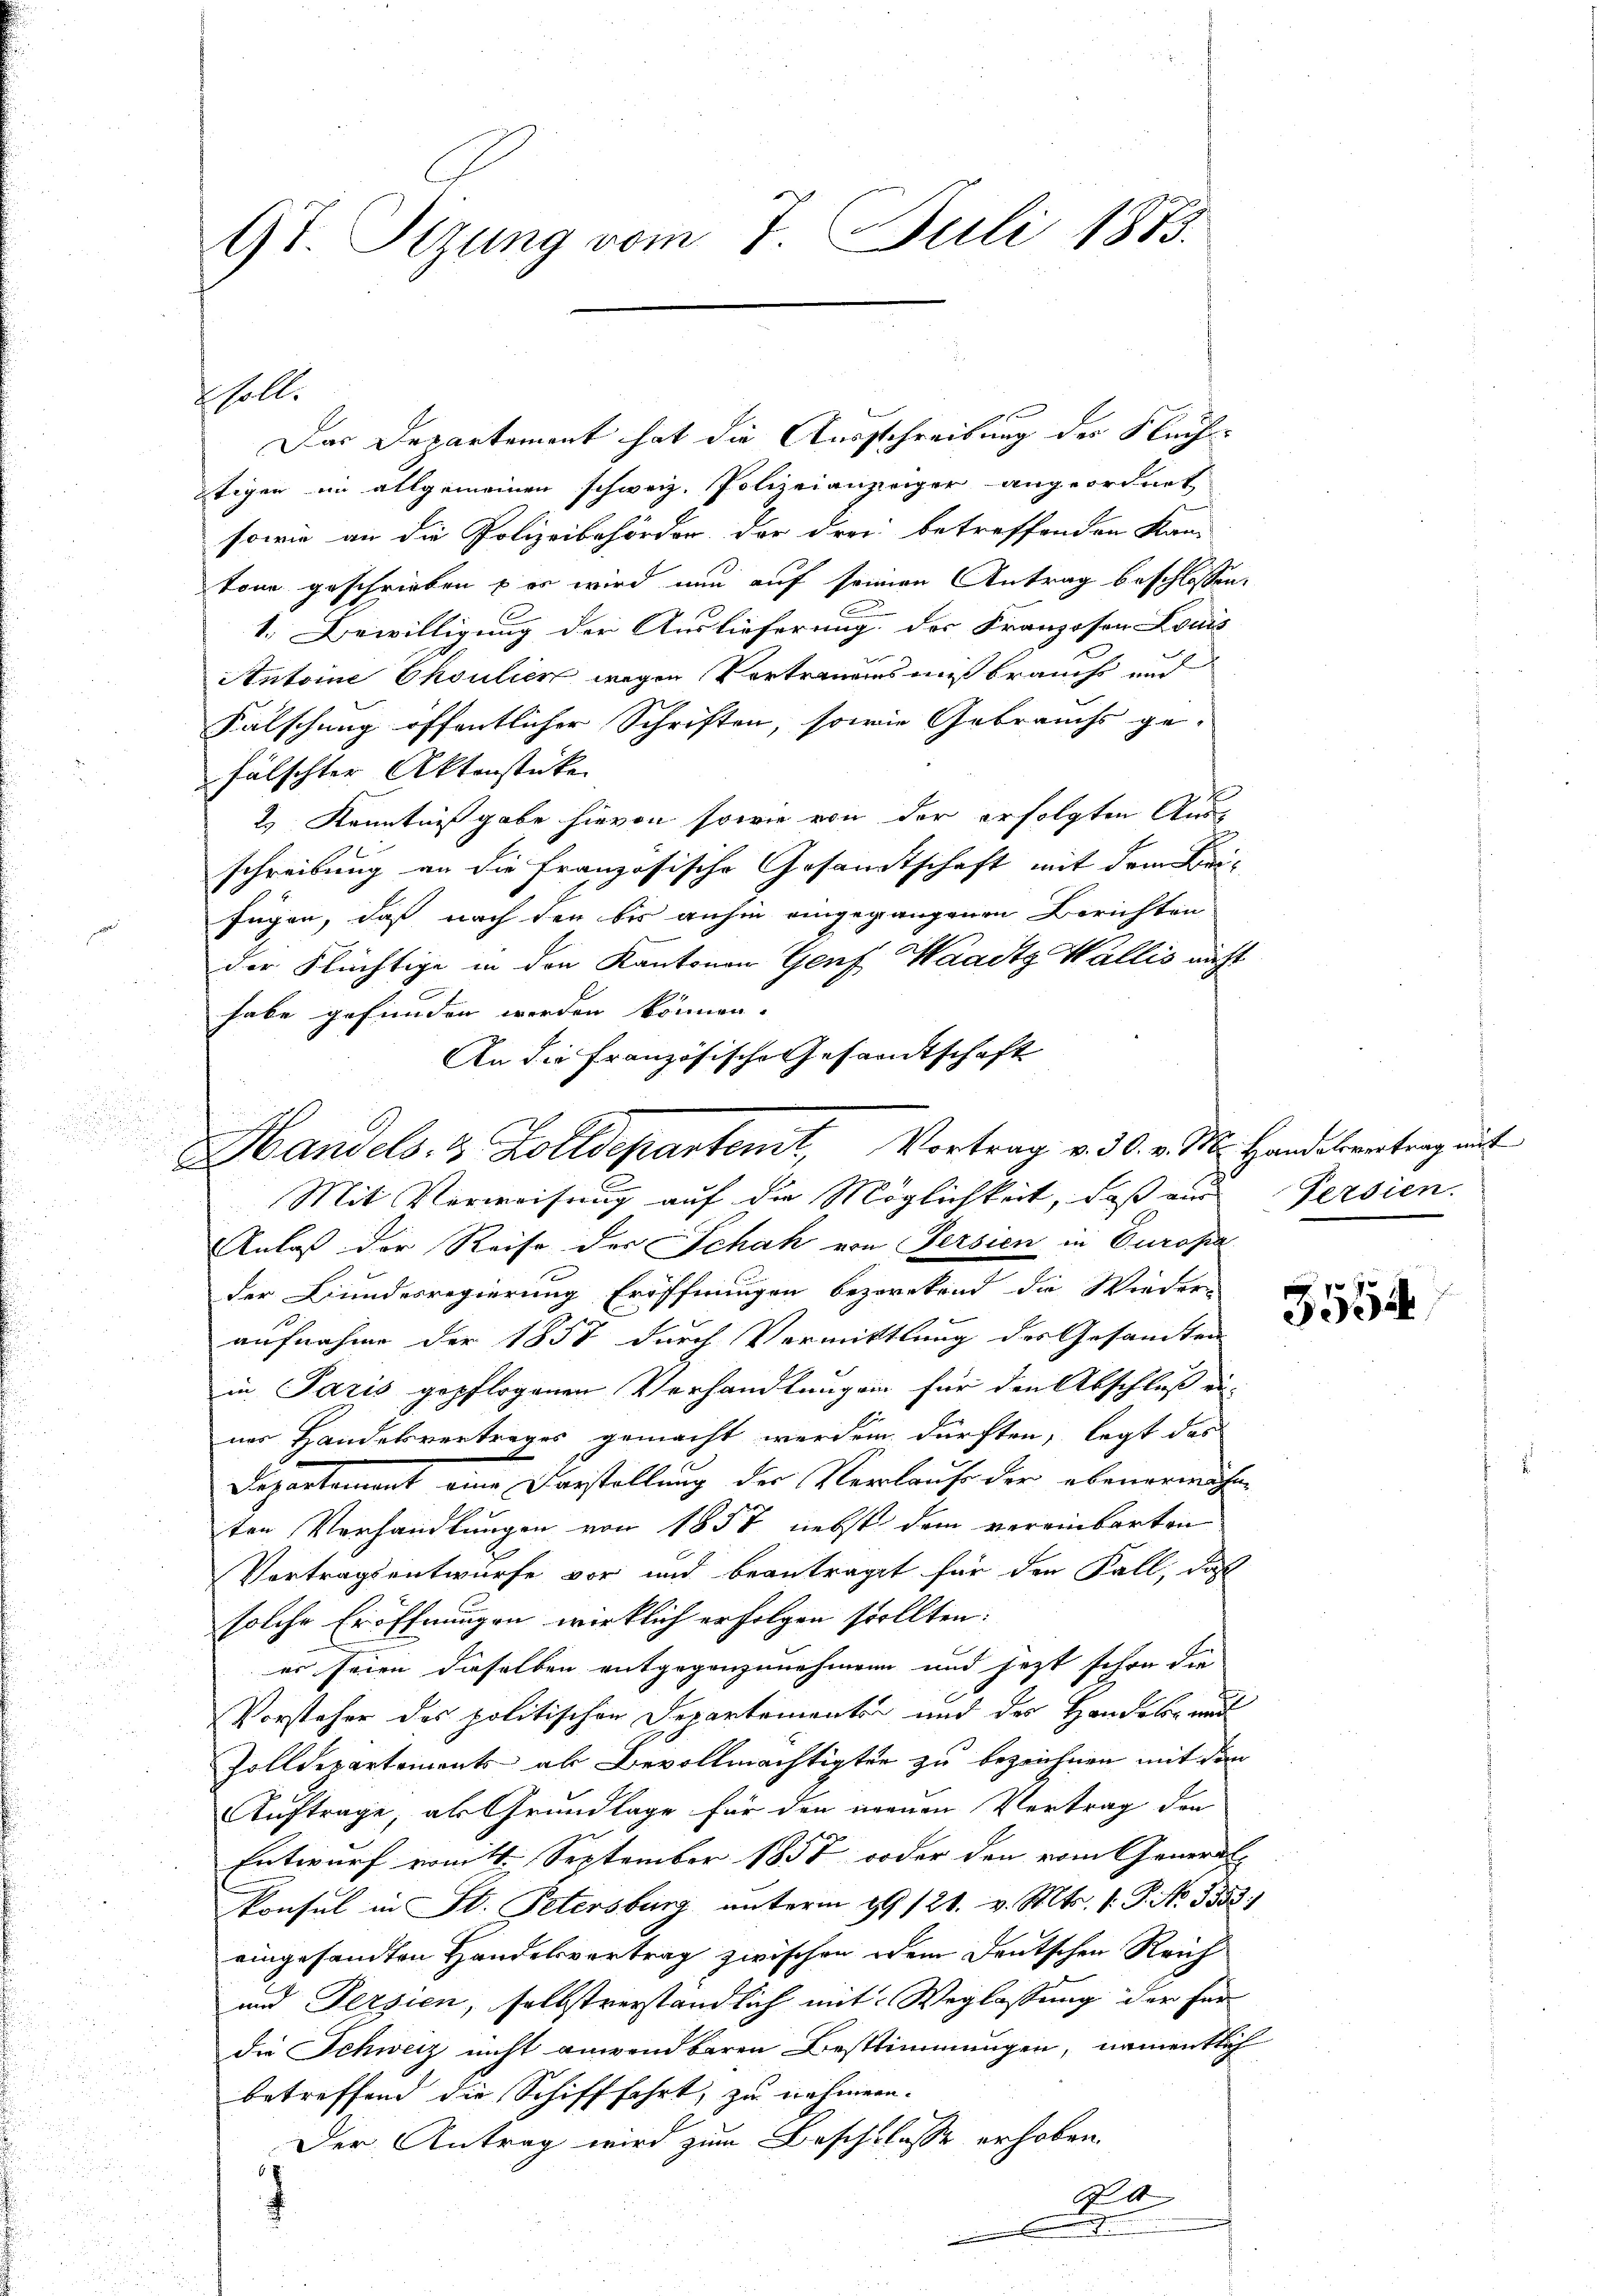
9t. Sizung vom 7. Juli 1883.

Das Departement hat die Ausschreibung der Flüchtigen ein allgemeinen schweiz. Polizeianzweiger angeordnet
sowie an die Polizeibehörder der drei betreffenden Kan-
tone geschrieben & er wird nun auf seinen Antrag beschlossen:
1. Bewilligung der Auslieferung der Franzosen Louis
Antoine Ehoulier wegen Vertrauens mißbraucht aud
Falschung öffentlicher Schriften, sowie Gebrauchs ge-
fälschter Aktenstücke
2.) Kenntnißgabe hievon sowie von der erfolgten Ausschreibung an die Französische Gesandtschaft mit dem Brifügen, daß nach den bis anhin eingegangenen Berichten
der Flüchtige in den Kantonen Genf Haaitg Wallis nicht
habe gefunden worden können.
An die Französische Gesamtschaft
Handels- & Zolldepartent, Vortrag v. 30. v. M. Handelvertrag unt
Mit Verweisung auf die Möglichkeit, daß ein Persien.
Anlaß der Reise der Schah von Persien in Europa
der Bundesregierung Eröffnungen bezerckend die Wieder-
aufnahme der 1857 durch Vermittlung des Gesamten
in Paris gepflogenen Verhandlungen für den Abschluß ei-
ner Handelsvertrages gemacht werden dürften, legt das
Departement eine Vorstellung der Verlaufe der ebenermühen
ten Verhandlungen von 1857 nebst dem vereinbarten
Vertragsentwurfe vor und beantraget für den Fall, daß
solche Eröffnungen wirklich erfolgen sollten:
er seien daselben entgegenzunehmen und jetzt schon die
Vorsteher des politischen Departementen und des Handels und
Zolldepartements ab Bevollmächtigten zu bezeichnen mit dem
Auftrage, als Grundlage für den neuen Vertrag der
Entwurf vom 11. September 1857 oder den vom Generat
Konsul in St. Petersburg unterm 29/21. v. Mts. 1. P. No. 3531
eingesandten Handelsvertrag zwischen dem Deutschen Reich
und Persien, selbstverständlich mit Weglassung der für
die Schweiz nicht anwendbaren Bestimmungen, namentlich
betreffend die Schifffahrt, zu nehmen.
Der Antrag wird zum Beschlusse erhoben
t
x
.

holle

3554